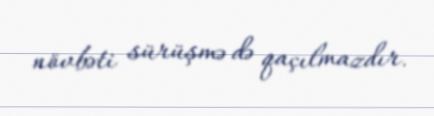
növbəti sürüşmə də qaçılmazdır.